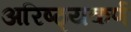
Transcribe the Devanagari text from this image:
अरिष्ठ्यकर्ण